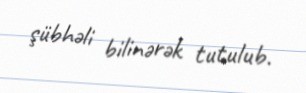
şübhəli bilinərək tutulub.